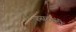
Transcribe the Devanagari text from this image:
फसरबंदी